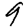
Digit: 9